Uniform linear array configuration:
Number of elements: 64
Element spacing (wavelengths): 0.5
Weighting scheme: hamming
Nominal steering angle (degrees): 15
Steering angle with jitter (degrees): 15.438
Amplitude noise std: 0.05
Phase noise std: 0.05

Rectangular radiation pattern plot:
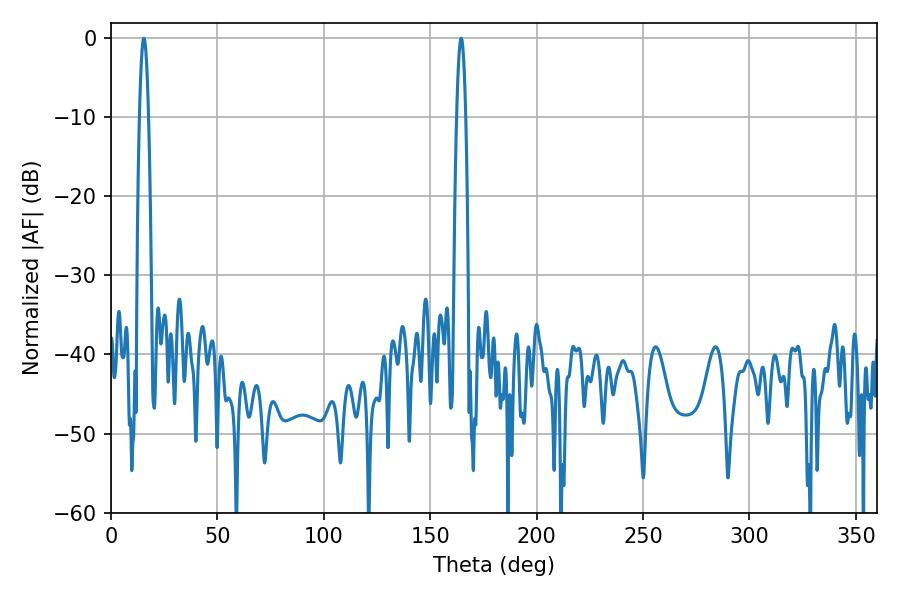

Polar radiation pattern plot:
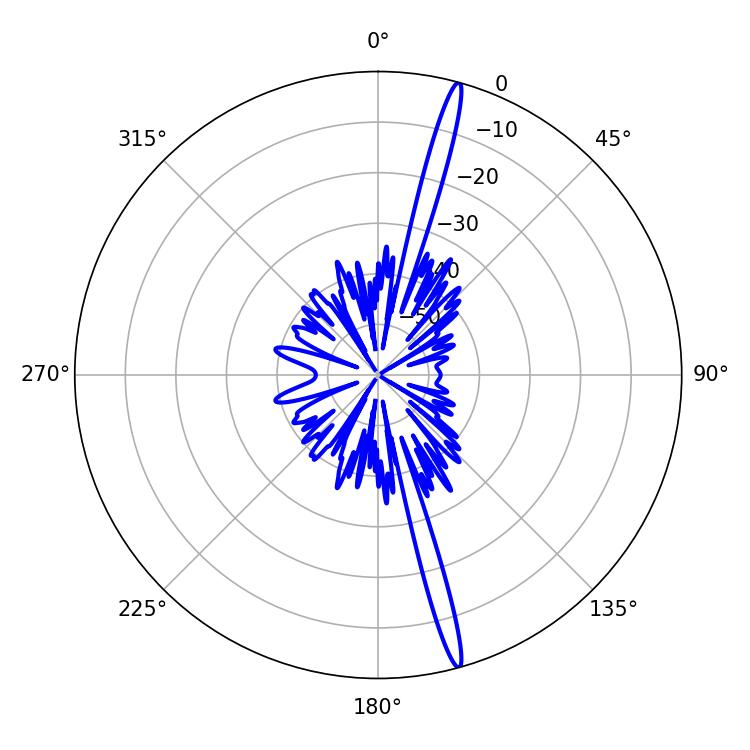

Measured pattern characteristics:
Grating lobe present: FALSE
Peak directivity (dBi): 19.236
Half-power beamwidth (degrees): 2.16
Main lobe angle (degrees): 15.48